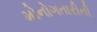
મોનોગતારીની